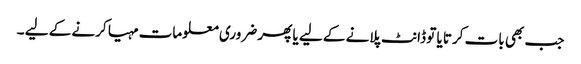
جب بھی بات کرتا یا تو ڈانٹ پلانے کے لیے یا پھر ضروری معلومات مہیا کرنے کے لیے ۔